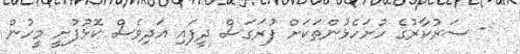
- ސަރުކާރުގެ ހުށަހެޅުންތަކަށް ފުރަގަސް ދީފައި އަދިވެސް ކޮޅުފުށީ މީހުން